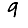
Digit: 9